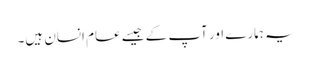
یہ ہمارے اور آپ کے جیسے عام انسان ہیں۔